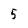
Character: 5